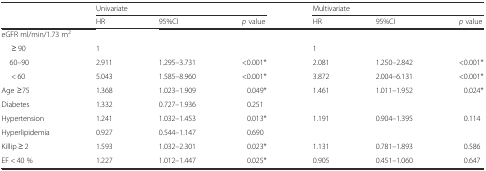
<table><thead><tr><td rowspan="2">[EMPTY_CELL]</td><td colspan="3"><b>Univariate</b></td><td colspan="3"><b>Multivariate</b></td></tr><tr><td><b>HR</b></td><td><b>95%CI</b></td><td><b><i>p</i> value</b></td><td><b>HR</b></td><td><b>95%CI</b></td><td><b><i>p</i> value</b></td></tr></thead><tbody><tr><td colspan="7">eGFR ml/min/1.73 m<sup>2</sup></td></tr><tr><td>≥ 90</td><td>1</td><td>[EMPTY_CELL]</td><td>[EMPTY_CELL]</td><td>1</td><td>[EMPTY_CELL]</td><td>[EMPTY_CELL]</td></tr><tr><td> 60–90</td><td>2.911</td><td>1.295–3.731</td><td>&lt;0.001*</td><td>2.081</td><td>1.250–2.842</td><td>&lt;0.001*</td></tr><tr><td>&lt; 60</td><td>5.043</td><td>1.585–8.960</td><td>&lt;0.001*</td><td>3.872</td><td>2.004–6.131</td><td>&lt;0.001*</td></tr><tr><td>Age ≥75</td><td>1.368</td><td>1.023–1.909</td><td>0.049*</td><td>1.461</td><td>1.011–1.952</td><td>0.024*</td></tr><tr><td>Diabetes</td><td>1.332</td><td>0.727–1.936</td><td>0.251</td><td>[EMPTY_CELL]</td><td>[EMPTY_CELL]</td><td>[EMPTY_CELL]</td></tr><tr><td>Hypertension</td><td>1.241</td><td>1.032–1.453</td><td>0.013*</td><td>1.191</td><td>0.904–1.395</td><td>0.114</td></tr><tr><td>Hyperlipidemia</td><td>0.927</td><td>0.544–1.147</td><td>0.690</td><td>[EMPTY_CELL]</td><td>[EMPTY_CELL]</td><td>[EMPTY_CELL]</td></tr><tr><td>Killip ≥ 2</td><td>1.593</td><td>1.032–2.301</td><td>0.023*</td><td>1.131</td><td>0.781–1.893</td><td>0.586</td></tr><tr><td>EF &lt; 40 %</td><td>1.227</td><td>1.012–1.447</td><td>0.025*</td><td>0.905</td><td>0.451–1.060</td><td>0.647</td></tr></tbody></table>